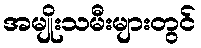
အမျိုးသမီးများတွင်